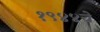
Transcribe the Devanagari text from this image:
१९४४चे